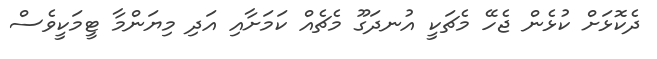
ދެކޮޅަށް ކުޅެން ޖެހޭ މެޗަކީ އުނދަގޫ މެޗެއް ކަމަށާއި އަދި މިޔަންމާ ޓީމަކީވެސް